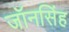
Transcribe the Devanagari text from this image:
जॉनसिंह